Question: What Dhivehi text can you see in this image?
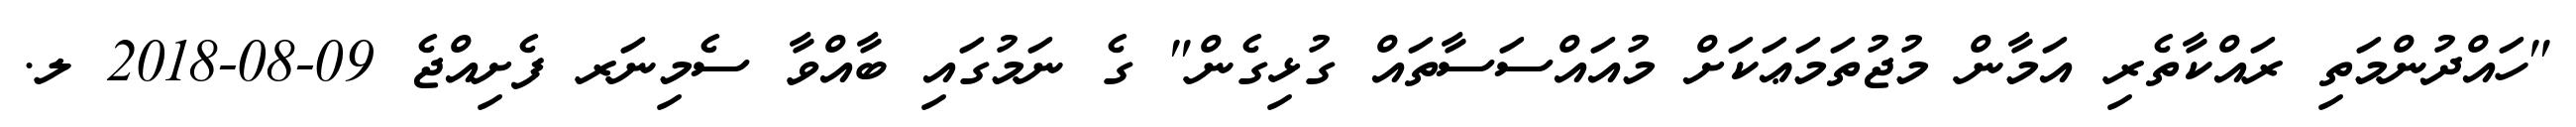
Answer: "ހައްދުންމަތި ރައްކާތެރި އަމާން މުޖުތަމަޢަކަށް މުއައްސަސާތައް ގުޅިގެން" ގެ ނަމުގައި ބާއްވާ ސެމިނަރ ފެށިއްޖެ 09-08-2018 ލ.